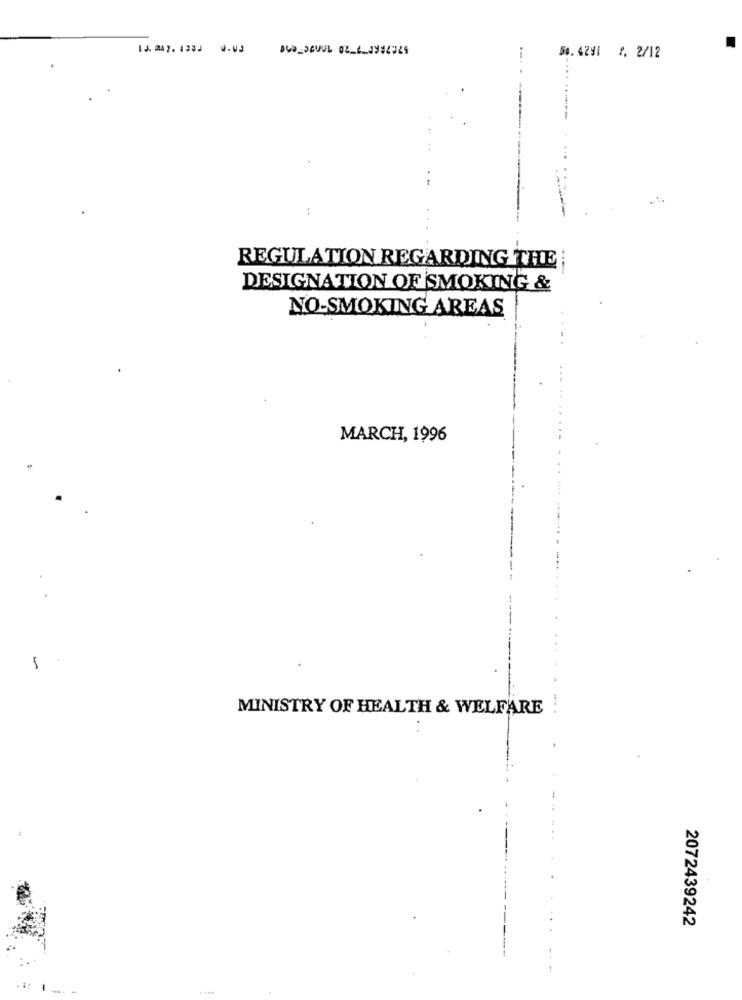
DUELSCUUL 02_1_19929ES
5. 4291 7. 2/12
:
REGULATION REGARDING THE
DESIGNATION OF SMOKING &
NO-SMOKING AREAS
MARCH, 1996
-
MINISTRY OF HEALTH & WELFARE
2072439242